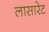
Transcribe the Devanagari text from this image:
लासारेट